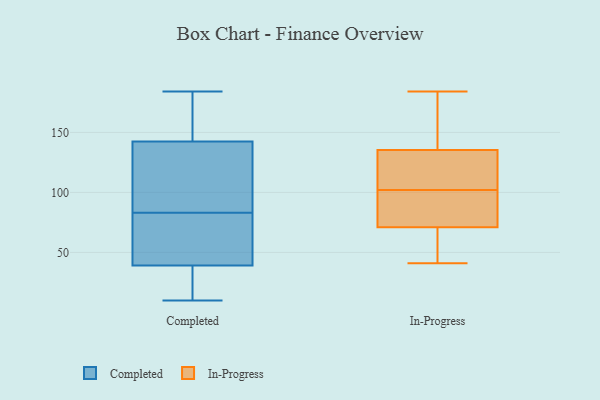
{"axis": {"x": "Market Share (%)", "y": "Value"}, "legend": ["Completed", "In-Progress"], "data": [{"x": "", "y": 14, "type": "Completed"}, {"x": "", "y": 173, "type": "Completed"}, {"x": "", "y": 139, "type": "Completed"}, {"x": "", "y": 96, "type": "Completed"}, {"x": "", "y": 129, "type": "Completed"}, {"x": "", "y": 119, "type": "Completed"}, {"x": "", "y": 39, "type": "Completed"}, {"x": "", "y": 39, "type": "Completed"}, {"x": "", "y": 28, "type": "Completed"}, {"x": "", "y": 146, "type": "Completed"}, {"x": "", "y": 170, "type": "Completed"}, {"x": "", "y": 184, "type": "Completed"}, {"x": "", "y": 10, "type": "Completed"}, {"x": "", "y": 45, "type": "Completed"}, {"x": "", "y": 164, "type": "Completed"}, {"x": "", "y": 130, "type": "Completed"}, {"x": "", "y": 52, "type": "Completed"}, {"x": "", "y": 18, "type": "Completed"}, {"x": "", "y": 54, "type": "Completed"}, {"x": "", "y": 70, "type": "Completed"}, {"x": "", "y": 184, "type": "In-Progress"}, {"x": "", "y": 108, "type": "In-Progress"}, {"x": "", "y": 85, "type": "In-Progress"}, {"x": "", "y": 77, "type": "In-Progress"}, {"x": "", "y": 41, "type": "In-Progress"}, {"x": "", "y": 65, "type": "In-Progress"}, {"x": "", "y": 102, "type": "In-Progress"}, {"x": "", "y": 140, "type": "In-Progress"}, {"x": "", "y": 121, "type": "In-Progress"}, {"x": "", "y": 152, "type": "In-Progress"}, {"x": "", "y": 69, "type": "In-Progress"}]}